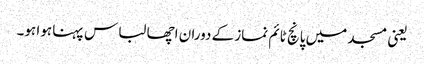
یعنی مسجد میں پانچ ٹائم نماز کے دوران اچھا لباس پہنا ہوا ہو۔